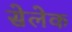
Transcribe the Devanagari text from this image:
सेलेक